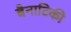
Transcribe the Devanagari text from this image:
बैनाटिकी